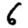
Digit: 6